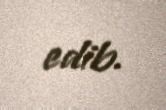
edib.